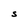
Character: S